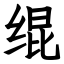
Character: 绲